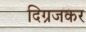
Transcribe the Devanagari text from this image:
दिग्रजकर